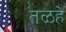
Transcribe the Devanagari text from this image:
तळहे